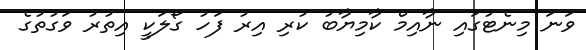
ވަނަ މިނެޓުގައި ނާއިމް ކާމިޔާބު ކުރި އިރު ފަހު ގޯލަކީ އިތުރު ވަގުތުގެ